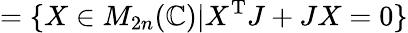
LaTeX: =\{ X\in M_{2n}(\mathbb{C})|X^{\mathrm{T}}J+JX=0\}